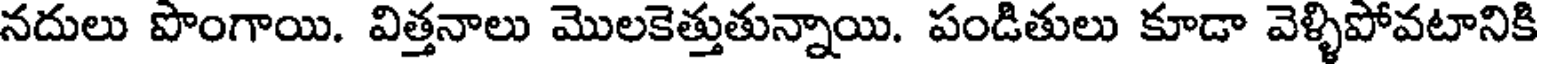
నదులు పొంగాయి. విత్తనాలు మొలకెత్తుతున్నాయి. పండితులు కూడా వెళ్ళిపోవటానికి